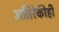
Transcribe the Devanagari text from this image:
अतिरेकीही